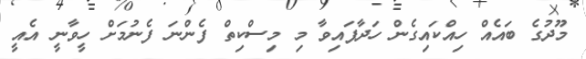
މޫދުގެ ބައެއް ހިއްކައިގެން ހަދާފައިވާ މި މިސްކިތް ފެންނަ ފެނުމަށް ހީވާނީ އެއީ